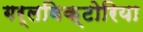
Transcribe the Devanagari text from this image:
गर्लविक्टोरिया